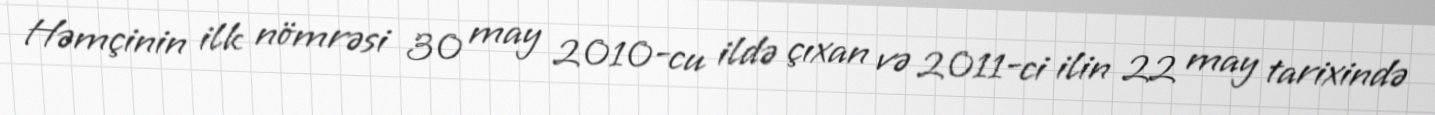
Həmçinin ilk nömrəsi 30 may 2010-cu ildə çıxan və 2011-ci ilin 22 may tarixində